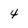
Character: 4